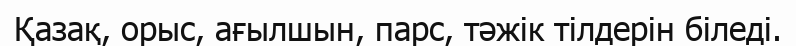
Қазақ, орыс, ағылшын, парс, тәжік тілдерін біледі.